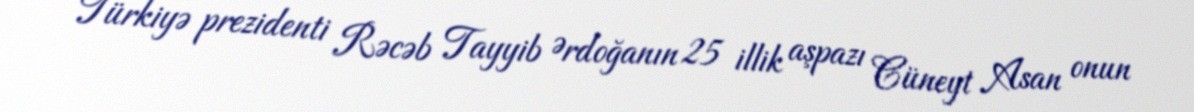
Türkiyə prezidenti Rəcəb Tayyib Ərdoğanın 25 illik aşpazı Cüneyt Asan onun